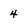
Character: 4